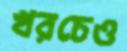
খরচেও